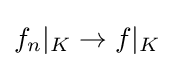
f_{n}|_{K}\to f|_{K}